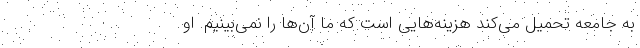
به جامعه تحمیل می‌کند هزینه‌هایی است که ما آن‌ها را نمی‌بینیم. او